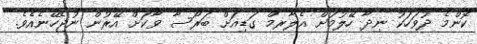
ކޮންމެ ދުވަހަކު ނިދާ ހޭލުމަށް އެލާރމް ގަޑިއަށް ބަރޯސާ ވާކަށް އޭރުން ނުޖެހޭނެއެވެ.